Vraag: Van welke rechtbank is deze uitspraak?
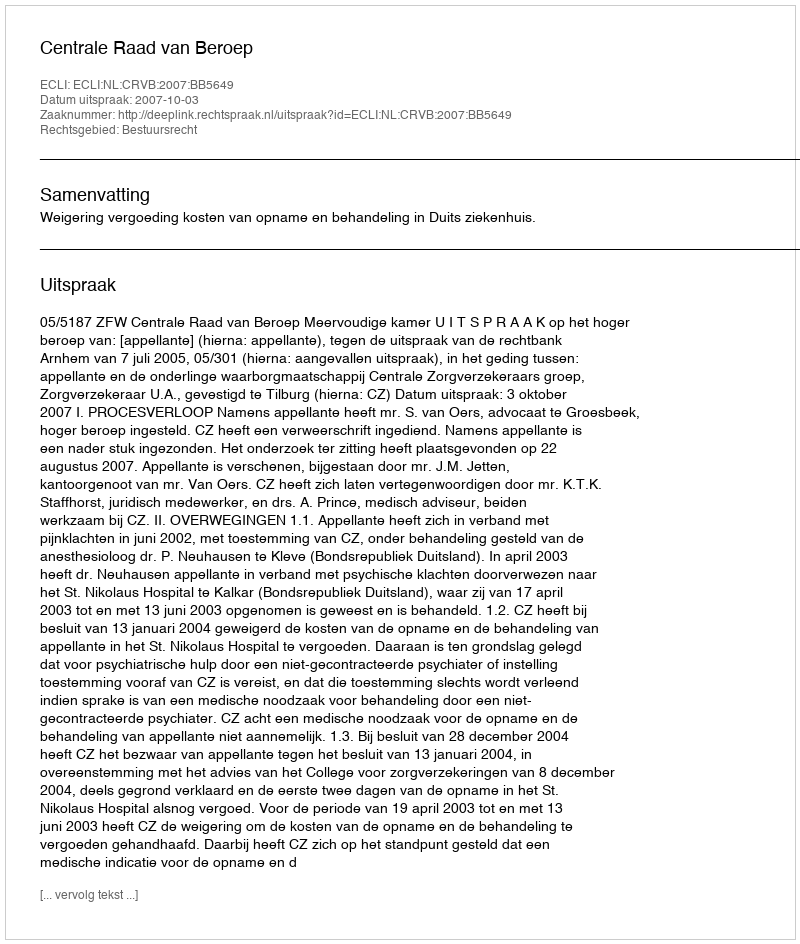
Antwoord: Centrale Raad van Beroep